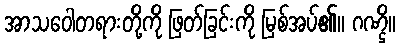
အာသဝေါတရားတို့ကို ဖြတ်ခြင်းကို မြစ်အပ်၏။ ဂဏ္ဌိ။